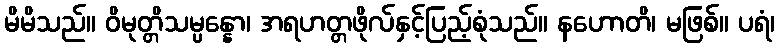
မိမိသည်။ ဝိမုတ္တိသမ္ပန္နော၊ အရဟတ္တဖိုလ်နှင့်ပြည့်စုံသည်။ နဟောတိ၊ မဖြစ်။ ပရံ၊